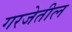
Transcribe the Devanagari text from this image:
गरजेतील